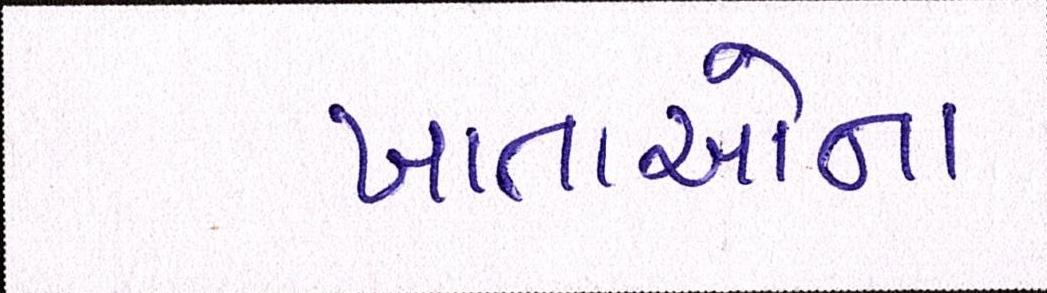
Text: ખાતાઓના